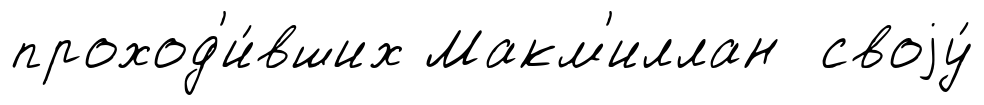
проход'и́вших Макм'иллан своjу́